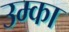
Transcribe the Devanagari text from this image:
उम्का